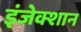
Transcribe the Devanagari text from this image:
इंजेक्शान